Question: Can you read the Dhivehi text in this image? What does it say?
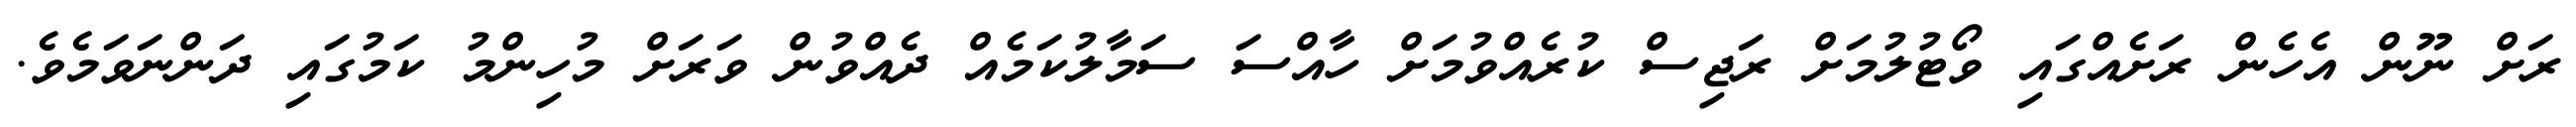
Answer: ރަށް ނޫން އެހެން ރަށެއްގައި ވޯޓުލުމަށް ރަޖިސް ކުރެއްވުމަށް ހާއްސަ ސަމާލުކަމެއް ދެއްވުން ވަރަށް މުހިންމު ކަމުގައި ދަންނަވަމެވެ.